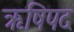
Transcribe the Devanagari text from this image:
ऋषिपद